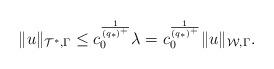
LaTeX: \begin{align*}\|u\|_{\mathcal{T}^*,\Gamma}\leq c_0^{\frac{1}{(q_*)^+}}\lambda=c_0^{\frac{1}{(q_*)^+}}\|u\|_{\mathcal{W},\Gamma}.\end{align*}